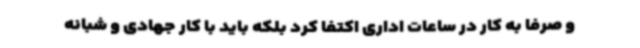
و صرفا به کار در ساعات اداری اکتفا کرد بلکه باید با کار جهادی و شبانه